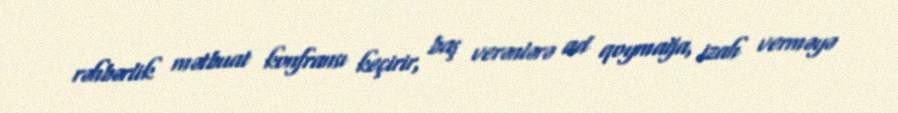
rəhbərlik mətbuat konfransı keçirir, baş verənlərə ad qoymağa, izah verməyə